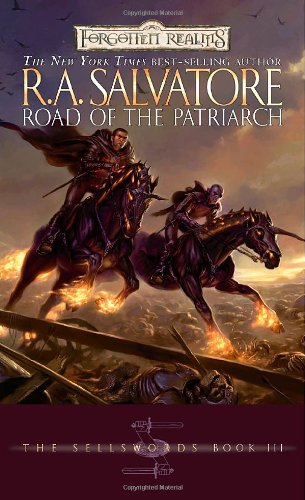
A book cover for Road of the Patriarch (Forgotten Realms: The Sellswords, Book 3); R.A. Salvatore; Science Fiction & Fantasy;